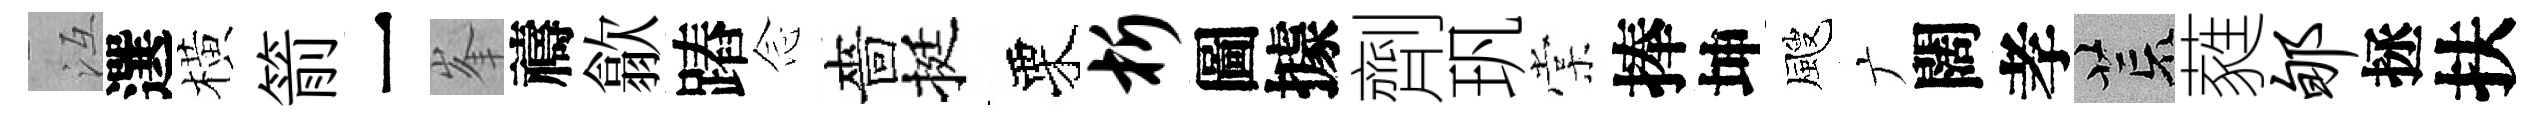
冱選橫箭一峯禱歙蹖𫝹嗇挺栗析圖據劑㺬棠捧坤颼广闊孝荒蕤郇拯扶